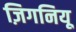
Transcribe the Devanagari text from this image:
ज़िगनियू